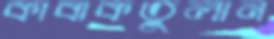
কাবাকতুলান